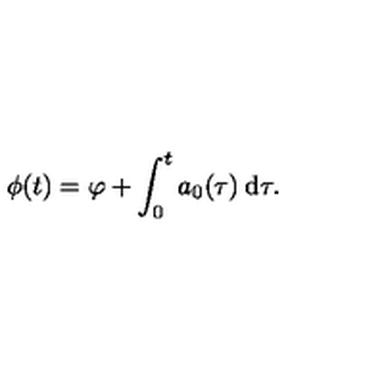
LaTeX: \phi ( t ) = \varphi + \int _ { 0 } ^ { t } a _ { 0 } ( \tau ) \: \mathrm { d } \tau .